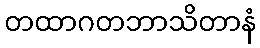
တထာဂတဘာသိတာနံ